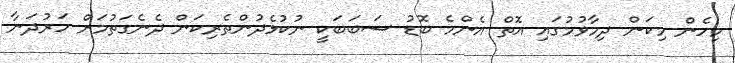
މިހެން މިކަން ދިމާވުމުގައި އޮތް އެންމެ ބޮޑު ސަބަބަކީ ނުކުޅެދުންތެރިކަން ދެނެގަތުމަށް ހަރުދަނާ